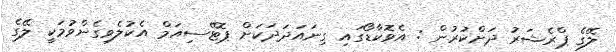
ލޭގެ ޕްރެޝަރު ދަށްކުރުން : އެވޮކާޑޯގައި ގިނައަދަދަކަށް ޕޮޓޭސިއަމް އެކުލެވިގެންވުމަކީ ލޭގެ